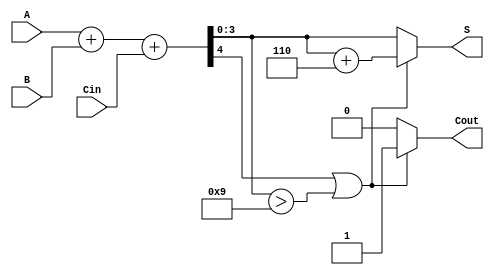
module BCD_Parallel_Adder (
    input [3:0] A,    // BCD digit A
    input [3:0] B,    // BCD digit B
    input Cin,        // Carry-in
    output reg [3:0] S, // BCD sum output
    output reg Cout    // Carry-out
);

    wire [4:0] Sum;    // 5-bit wire to hold the binary sum
    wire adjust;       // Flag to indicate if adjustment is needed

    // Binary addition of A, B and Cin
    assign Sum = A + B + Cin;

    // Determine if adjustment is needed
    assign adjust = Sum[4] || (Sum[3:0] > 4'b1001);

    always @(*) begin
        if (adjust) begin
            // If adjustment is needed, add 6 (0110) to the sum
            S = Sum[3:0] + 4'b0110;
            Cout = 1; // Set carry-out
        end else begin
            S = Sum[3:0]; // No adjustment needed
            Cout = 0; // No carry-out
        end
    end

endmodule